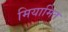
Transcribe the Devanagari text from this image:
मियामित